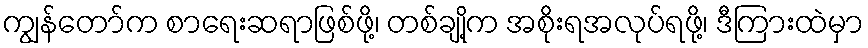
ကျွန်တော်က စာရေးဆရာဖြစ်ဖို့၊ တစ်ချို့က အစိုးရအလုပ်ရဖို့၊ ဒီကြားထဲမှာ